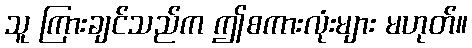
သူ ကြားချင်သည်က ဤစကားလုံးများ မဟုတ်။